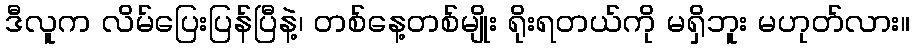
ဒီလူက လိမ်ပြေးပြန်ပြီနဲ့၊ တစ်နေ့တစ်မျိုး ရိုးရတယ်ကို မရှိဘူး မဟုတ်လား။